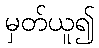
မှတ်ယူ၍